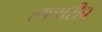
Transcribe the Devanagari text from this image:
लाचारीचं